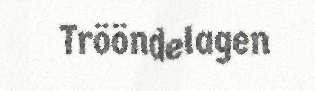
Trööndelagen